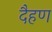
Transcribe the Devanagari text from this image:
दैहण